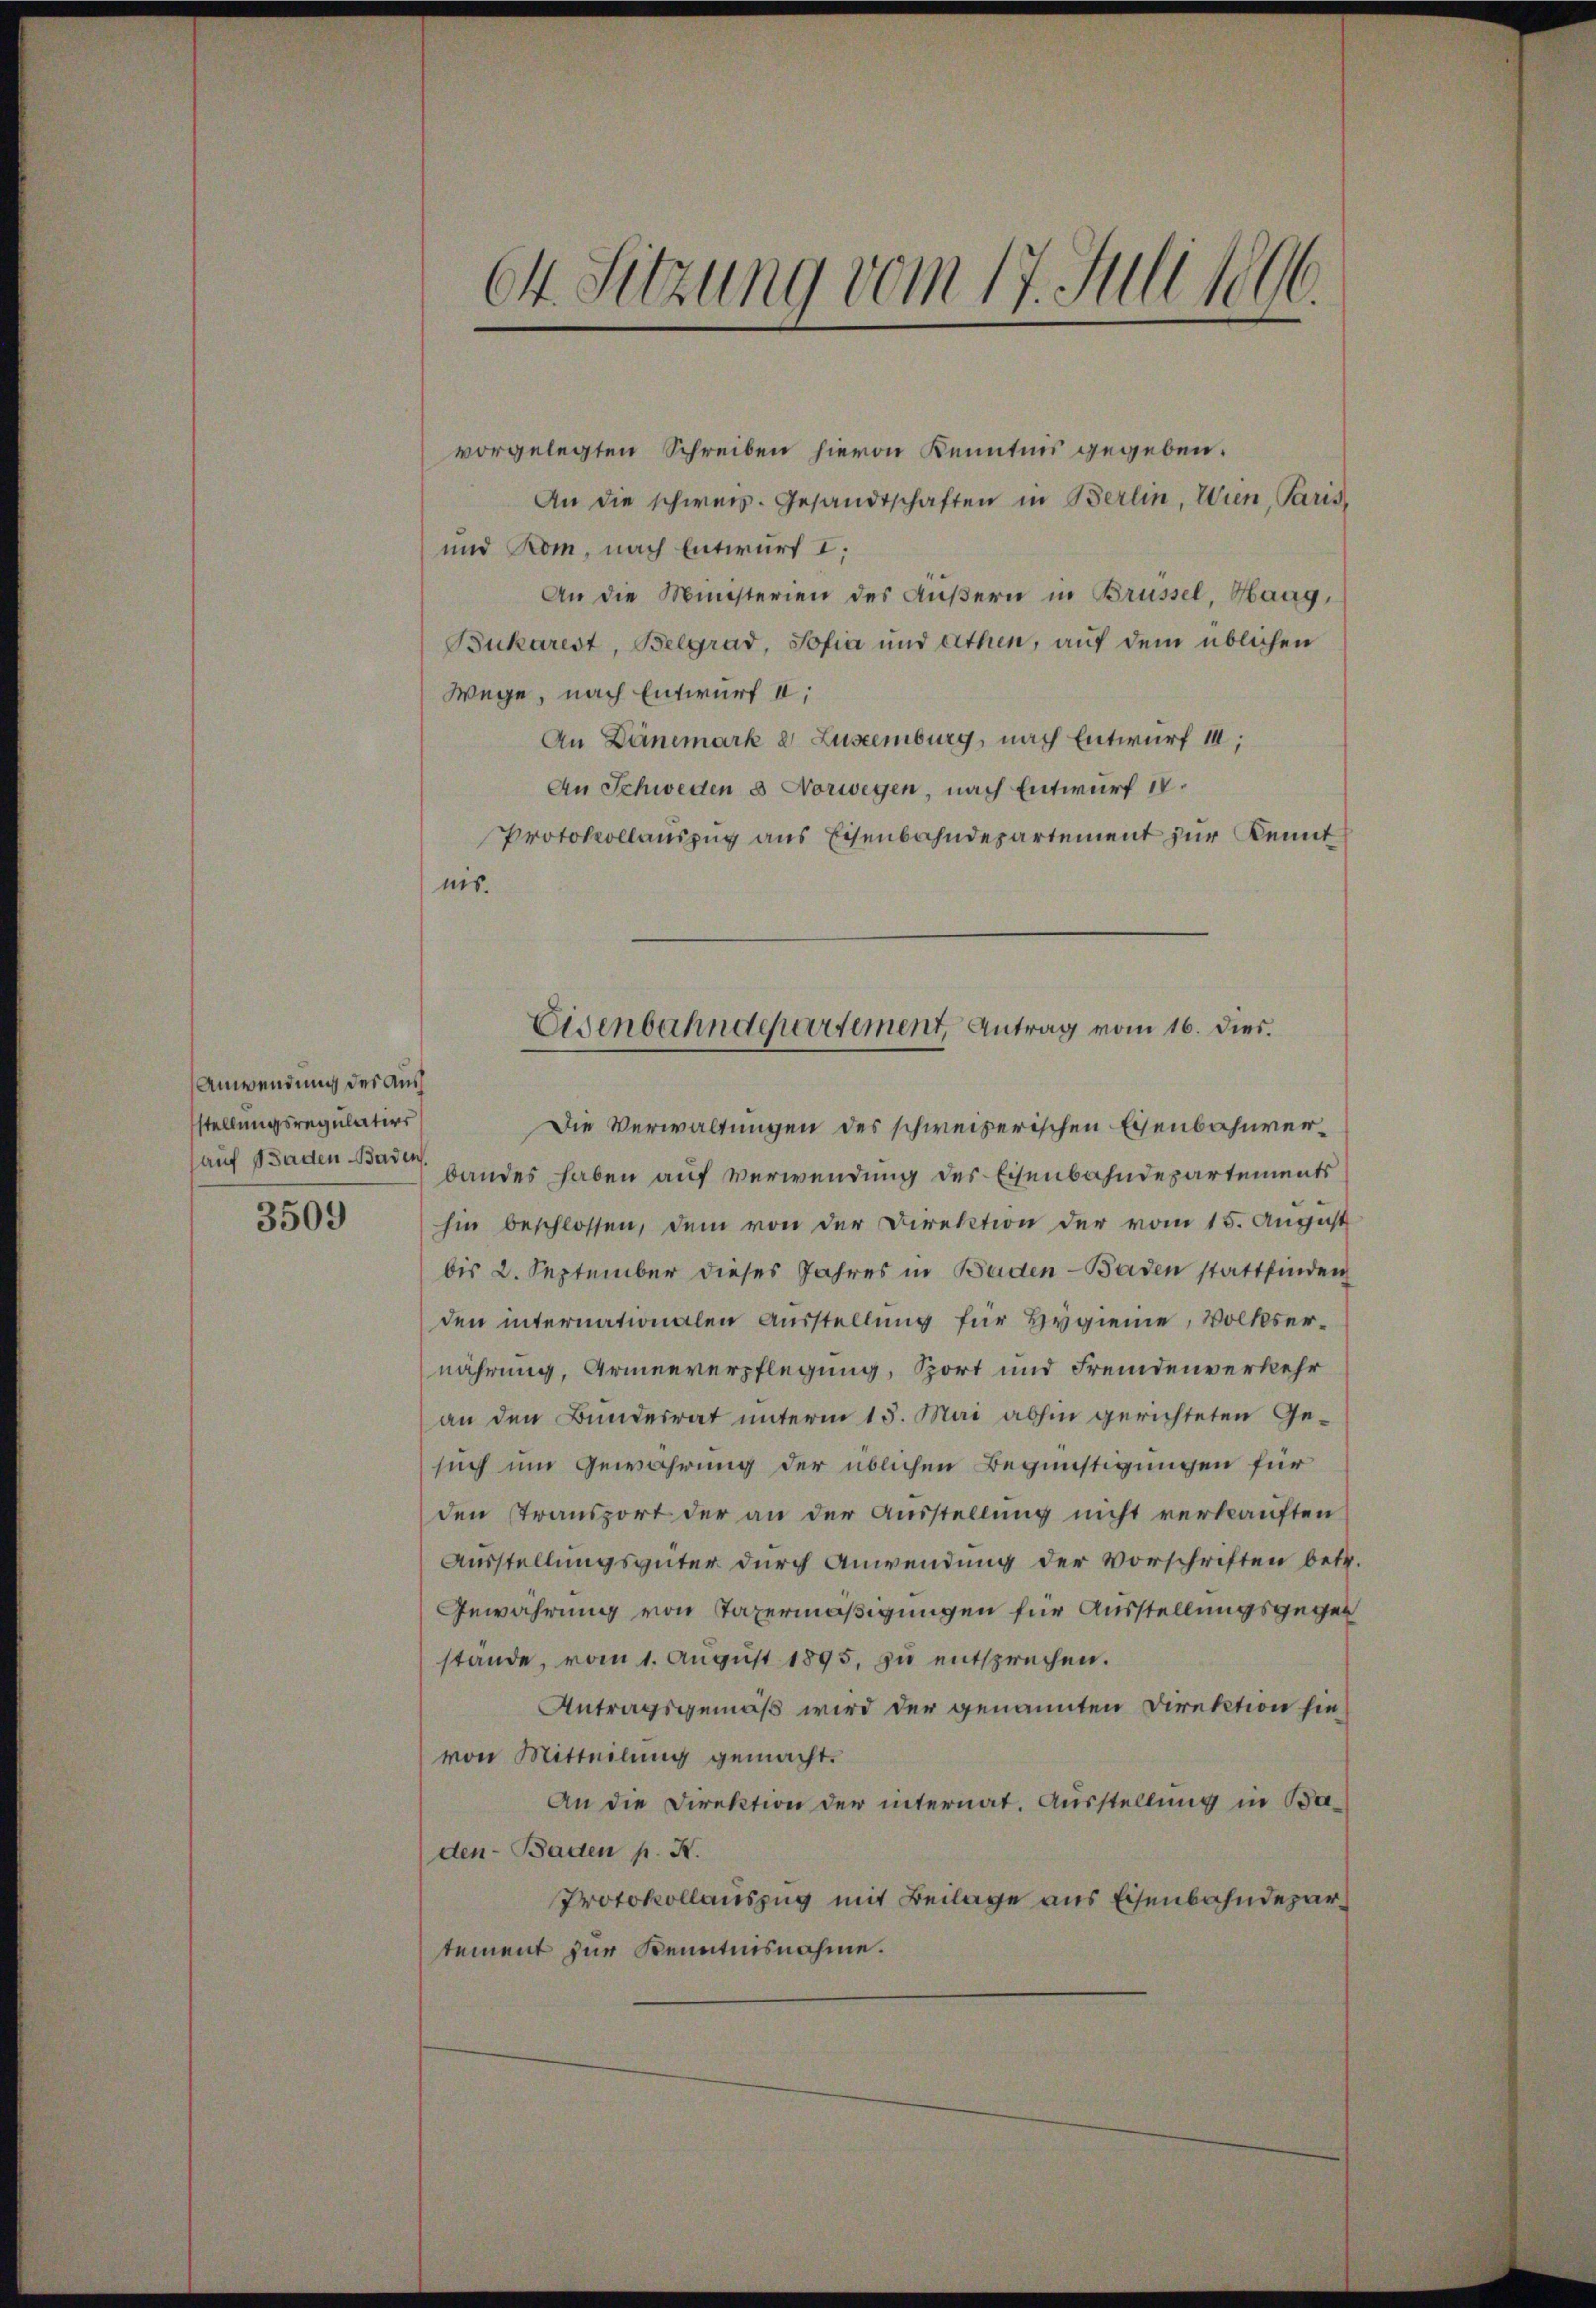
Anwendung des Aus
stellungsregulations
auf Baden Baden

3509

1
64. Sitzung vom 17. Juli sein.

vorgelegten Schreiben hievon Kenntnis gegeben.
An die schweiz. Gesandtschaften in Berlin, Wien, Paris,
und Rom, nach Entwurf I,
An die Ministerien des Äußern in Brüssel, Haag,
Bukarest, Belgrad, Sofia und Athen, auf dem üblichen
Wege, nach Entwurf II:
An Dänemark 2 Luseemburg, nach Entwurf 14;
An Schweden 3 Vorwegen, nach Entwurf IV.
Protokollauszug aus Eisenbahndepartement zur Kennt
nis.

Eisenbahndepartement, Antrag vom 16. dies.

Die Verwaltungen des schweizerischen Eisenbahnverbandes haben auf verwendung des Eisenbahndepartements
hin beschlossen, dem von der Direktion der vom 15. August
bis 2. September dieses Jahres in Baden - Baden stattfinden
den internationalen Ausstellung für Hygienie, Volksernährung, Armenverpflegung, Sport und Fremdenverkehr
an den Bundesrat unterm 15. Mai abhin gerichteten Gesuch um Gewährung der üblichen Begünstigungen für
den Stransport der an der Ausstellung nicht verkauften
Ausstellungsgüter durch Anwendung der Vorschriften betr.
Gewahrung von Taxermäßigungen für Ausstellungsgegen
stande, vom 1. August 1895. zu entsprechen.
Antragsgemäß wird der genannten Direktion hie
von Mitteilung gemacht.
An die Direktion der internat. Ausstellung in Baden- Baden p. K.
Protokollauszug mit Beilage aus Eisenbahndepartement zur Kenntnisnahme.